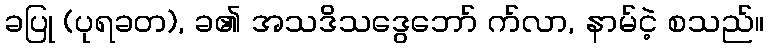
ခပြု (ပုရခတ), ခ၏ အသဒိသဒွေဘော် က်လာ, နာမ်ငဲ့ စသည်။